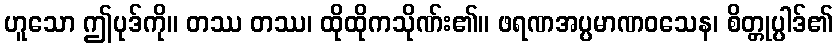
ဟူသော ဤပုဒ်ကို။ တဿ တဿ၊ ထိုထိုကသိုဏ်း၏။ ဖရဏအပ္ပမာဏဝသေန၊ စိတ္တုပ္ပါဒ်၏